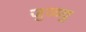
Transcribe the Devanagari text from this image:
जुळवु